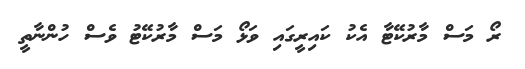
ރޯ މަސް މާރުކޭޓާ އެކު ކައިރީގައި ވަޅޯ މަސް މާރުކޭޓު ވެސް ހުންނާތީ